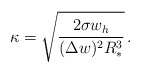
\begin{align*}\kappa = \sqrt{\frac{2 \sigma w_h}{(\Delta w)^2 R_*^3}} \, .\end{align*}